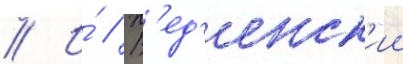
// И́ // В'ед'енск'ии